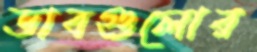
ডাবগুলোর